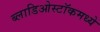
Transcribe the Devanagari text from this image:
ब्लाडिओस्टॉकमध्ये